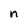
Character: n